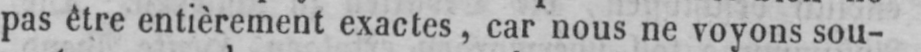
pas être entièrement exactes, car nous ne voyons sou-